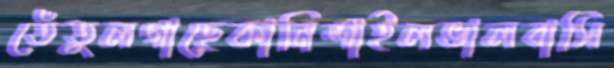
তেঁতুলগাছেকানিশাইলভালবাসি